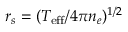
r _ { s } = ( T _ { \mathrm { e f f } } / 4 \pi n _ { e } ) ^ { 1 / 2 }